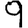
Digit: 9